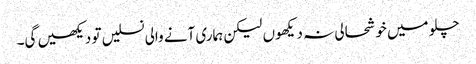
چلو میں خوشحالی نہ دیکھوں لیکن ہماری آنے والی نسلیں تو دیکھیں گی۔